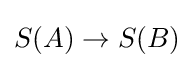
S(A)\to S(B)